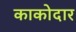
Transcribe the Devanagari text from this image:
काकोदार